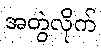
အတွဲလိုက်